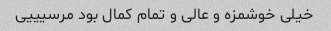
خیلی خوشمزه و عالی و تمام کمال بود مرسیییی